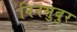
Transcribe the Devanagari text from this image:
निनसुबुर